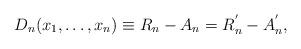
LaTeX: \begin{align*}D_n (x_1, \ldots ,x_n) \equiv R_n -A_n=R^{^{\prime}}_n - A^{^{\prime}}_n ,\end{align*}